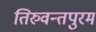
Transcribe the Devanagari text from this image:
तिरुवन्तपुरम